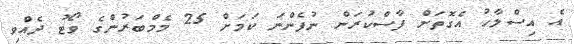
އެ އިސްލާހު އެގޮަތަށް ފާސްކުރަން ނުފެންނަ ކަމަށް 25 މެމްބަރުންގެ ވޯޓު ދެއްވި